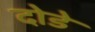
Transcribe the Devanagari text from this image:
दोडे